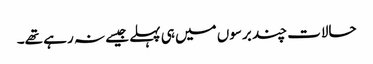
حالات چند برسوں میں ہی پہلے جیسے نہ رہے تھے۔